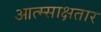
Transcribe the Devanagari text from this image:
आत्म्साक्षतार